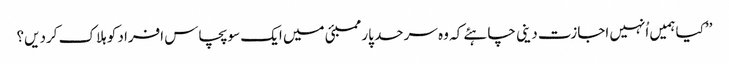
’’کیا ہمیں اُنہیں اجازت دینی چاہئے کہ وہ سرحد پار ممبئی میں ایک سو پچاس افراد کو ہلاک کردیں؟